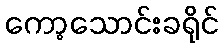
ကော့သောင်းခရိုင်